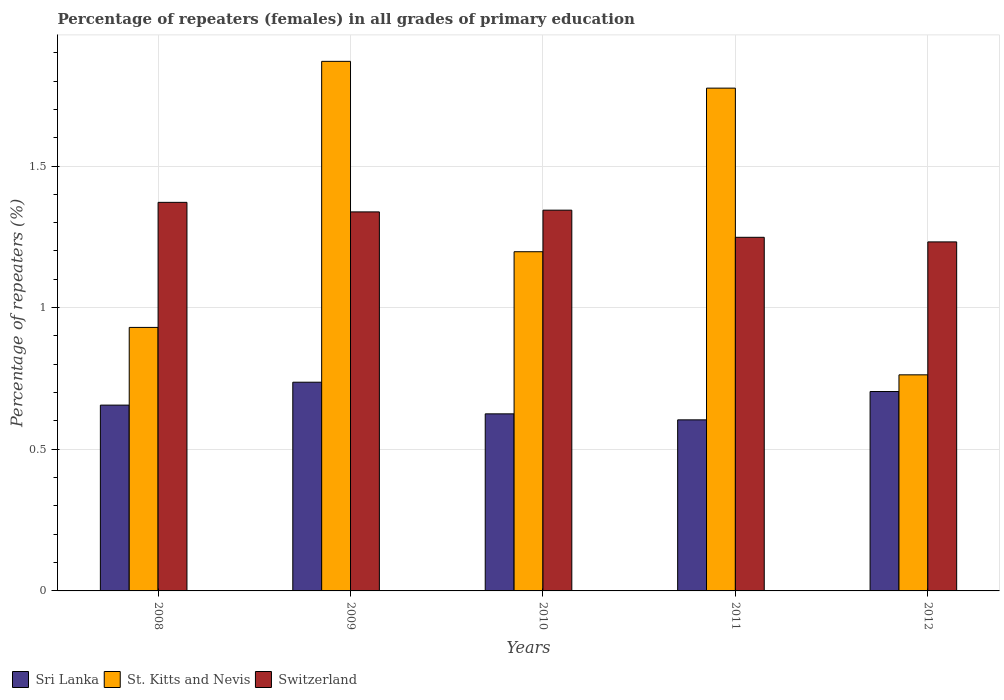
| Years | Sri Lanka | St. Kitts and Nevis | Switzerland |
 | --- | --- | --- | --- |
 | 2008 | 0.656 | 0.93 | 1.37 |
 | 2009 | 0.737 | 1.87 | 1.34 |
 | 2010 | 0.625 | 1.2 | 1.34 |
 | 2011 | 0.604 | 1.77 | 1.25 |
 | 2012 | 0.704 | 0.763 | 1.23 |